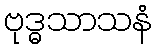
ဗုဒ္ဓသာသနံ